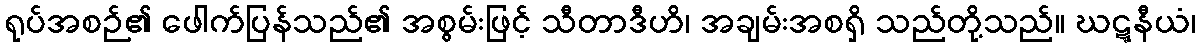
ရုပ်အစဉ်၏ ဖေါက်ပြန်သည်၏ အစွမ်းဖြင့် သီတာဒီဟိ၊ အချမ်းအစရှိ သည်တို့သည်။ ဃဋ္ဋနီယံ၊